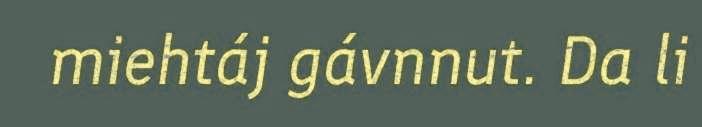
miehtáj gávnnut. Da li